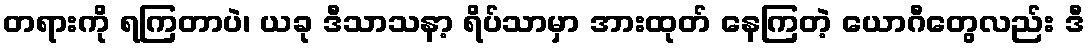
တရားကို ရကြတာပဲ၊ ယခု ဒီသာသနာ့ ရိပ်သာမှာ အားထုတ် နေကြတဲ့ ယောဂီတွေလည်း ဒီ